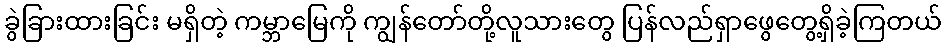
ခွဲခြားထားခြင်း မရှိတဲ့ ကမ္ဘာမြေကို ကျွန်တော်တို့လူသားတွေ ပြန်လည်ရှာဖွေတွေ့ရှိခဲ့ကြတယ်